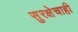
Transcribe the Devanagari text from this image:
सुरक्षेचाही